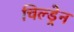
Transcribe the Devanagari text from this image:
चिल्‍ड्रेन